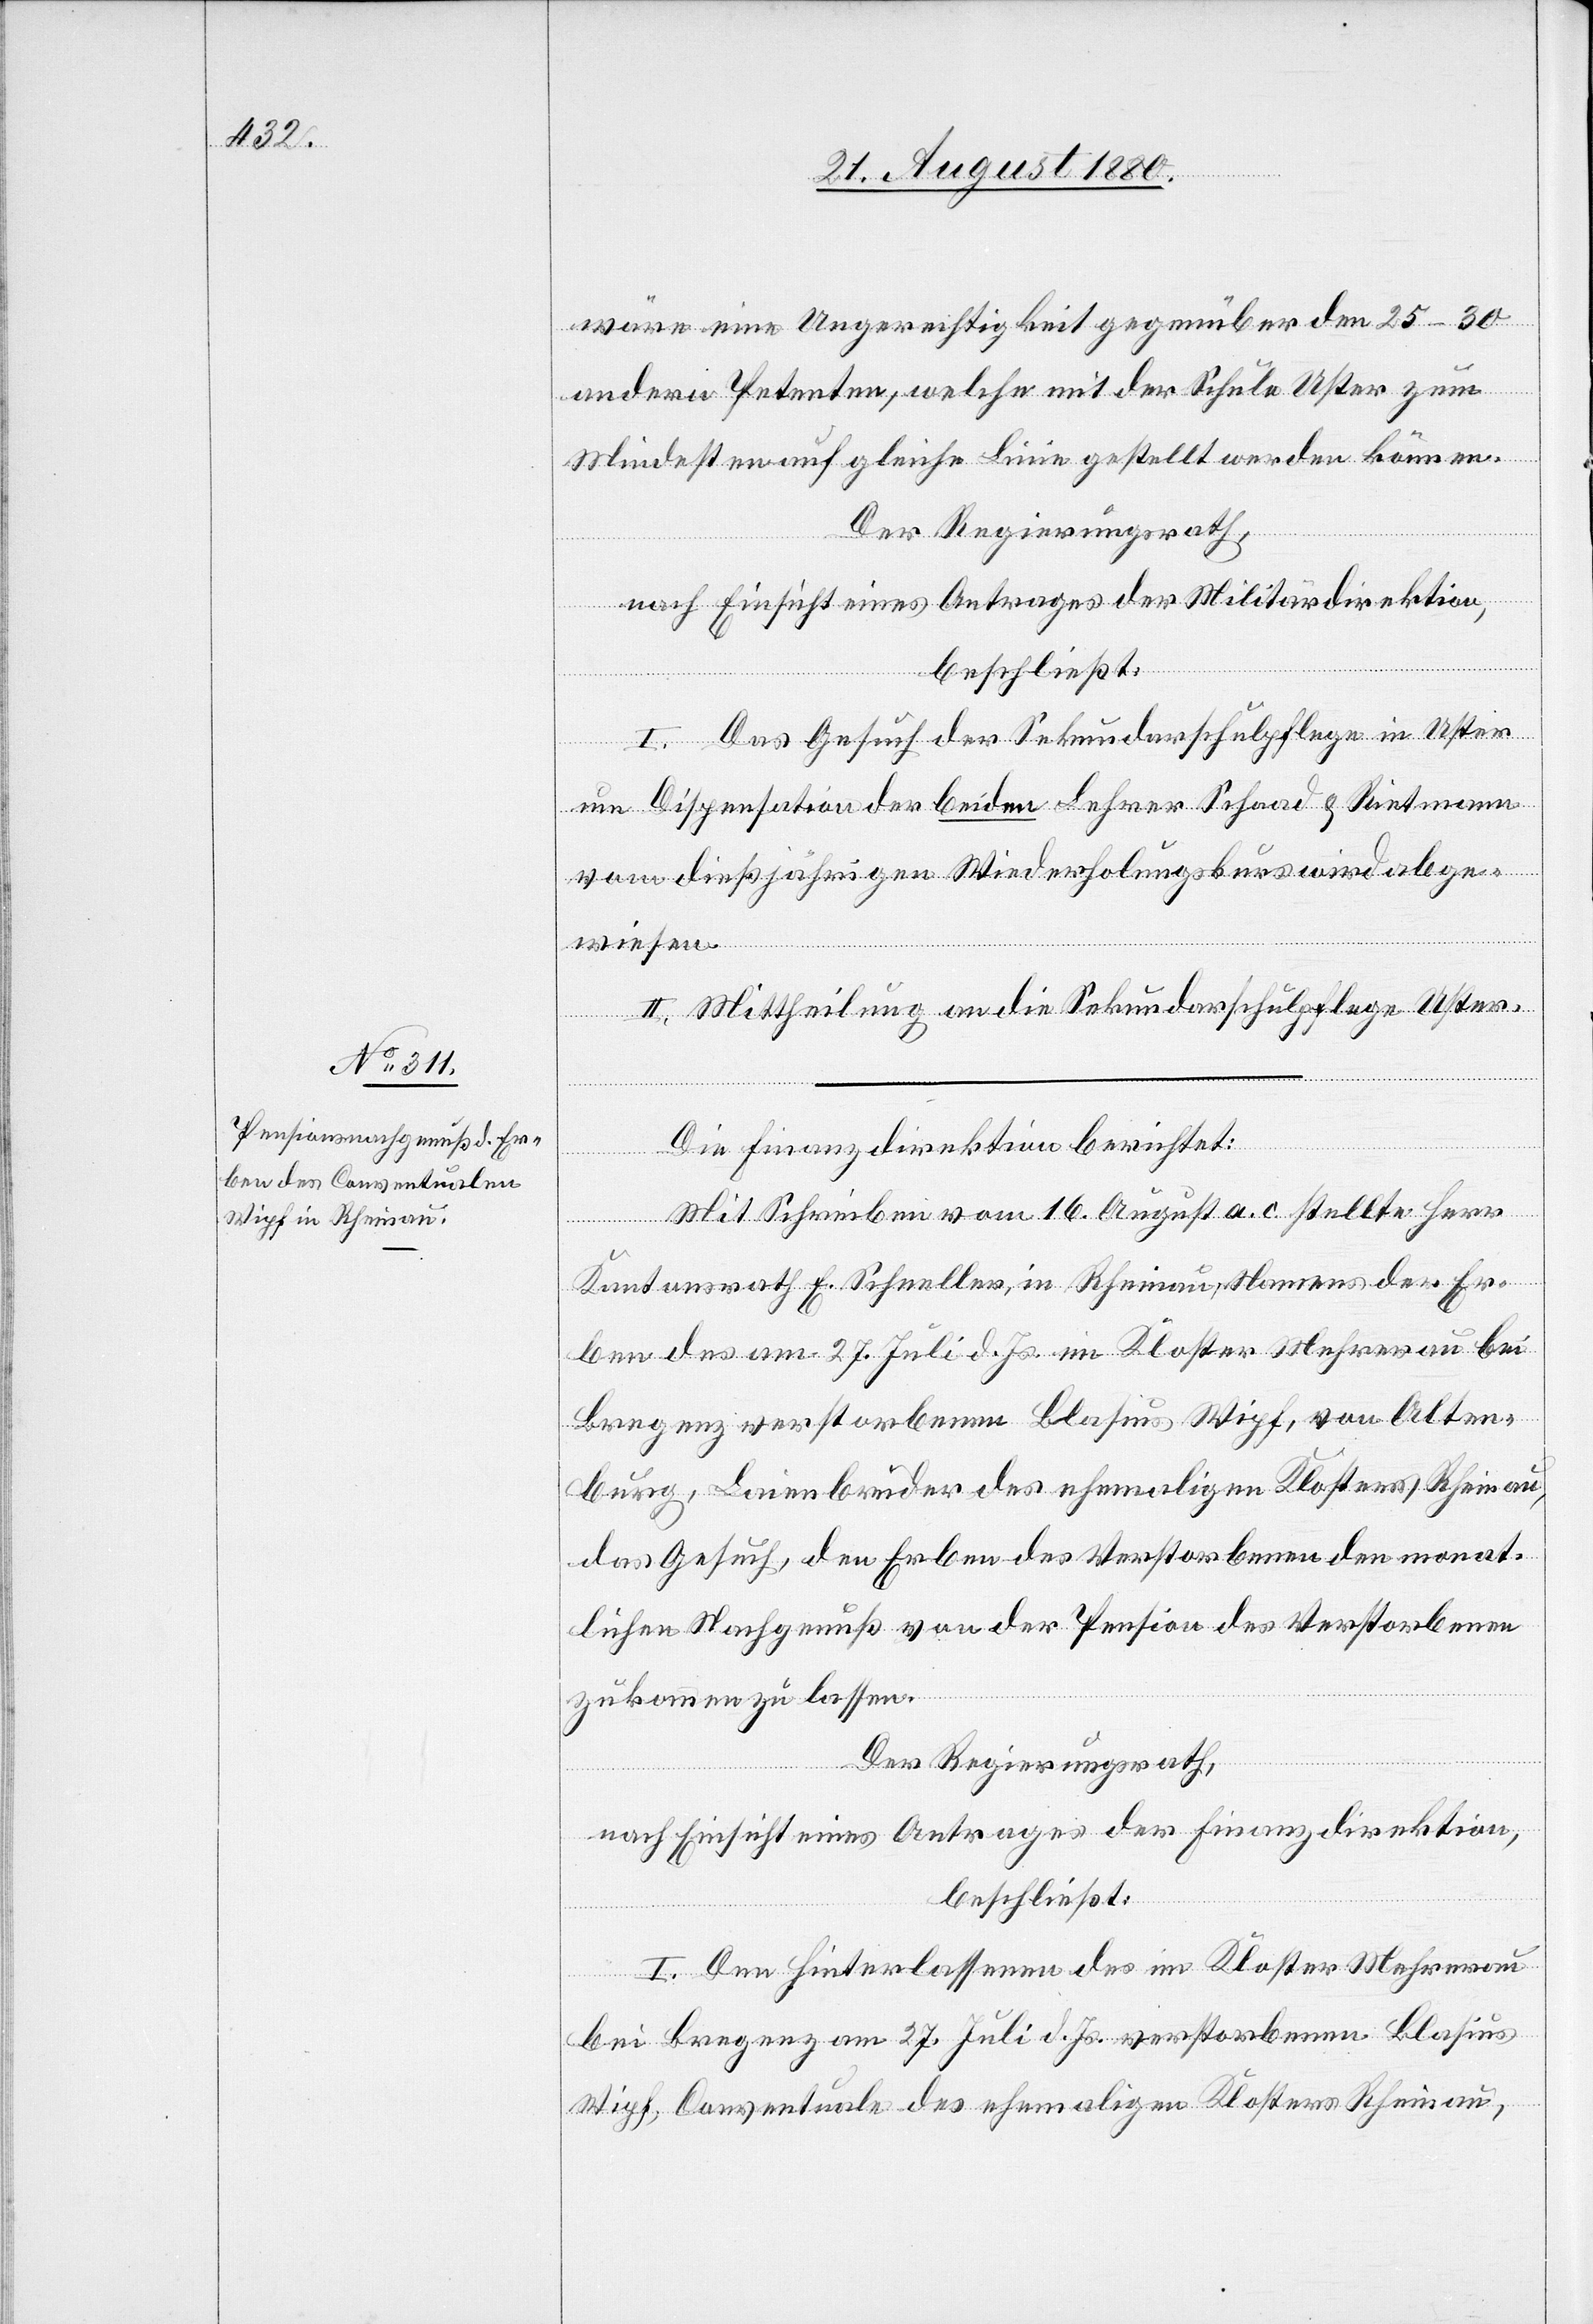
wäre eine Ungerechtigkeit gegenüber den 25–30
anderen Petenten, welche mit der Schule Uster zum
Mindesten auf gleiche Linie gestellt werden können.
Der Regierungsrath,
nach Einsicht eines Antrages der Militärdirektion,
beschließt:
I. Das Gesuch der Sekundarschulpflege in Uster
um Dispensation der beiden Lehrer Schaad & Rietmann
vom dießjährigen Wiederholungskurs wird abge¬
wiesen.
II. Mittheilung an die Sekundarschulpflege Uster.
Die Finanzdirektion berichtet:
Mit Schreiben vom 16. August a. c. stellte Herr
Kantonsrath E. Schneller, in Rheinau, Namens der Er¬
ben des am 27. Juli d. Js. im Kloster Mehrerau bei
Bregenz verstorbenen Blasus Wipf, von Alten¬
burg, Laienbruder des ehemalgien Klosters Rheinau,
das Gesuch, den Erben des Verstorbenen den monat¬
lichen Nachgenuß von der Pension des Verstorbenen
zukommen zu lassen.
Der Regierungsrath,
nach Einsicht eines Antrages der Finanzdirektion,
beschließt:
I. Den Hinterlassenen des im Kloster Mehrerau
bei Bregenz am 27. Juli d. Js. verstorbenen Blasus
Wipf, Conventuale des ehemaligen Klosters Rheinau,